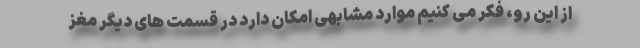
از این رو، فکر می کنیم موارد مشابهی امکان دارد در قسمت های دیگر مغز